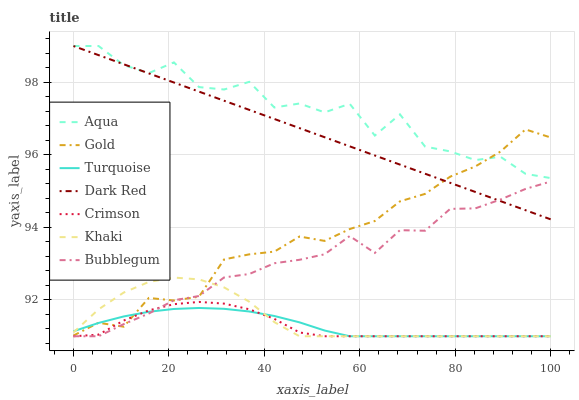
| xaxis_label | Aqua | Gold | Turquoise | Dark Red | Crimson | Khaki | Bubblegum |
 | --- | --- | --- | --- | --- | --- | --- | --- |
 | 0 | 99 | 91 | 91.1 | 99 | 91 | 91.1 | 91 |
 | 5.26 | 99 | 91.4 | 91.4 | 98.7 | 91 | 91.7 | 91 |
 | 10.5 | 98.5 | 91.3 | 91.5 | 98.5 | 91.4 | 92.2 | 91.3 |
 | 15.8 | 98.3 | 92.1 | 91.7 | 98.2 | 91.7 | 92.5 | 91.6 |
 | 21.1 | 98.5 | 92 | 91.8 | 98 | 91.9 | 92.6 | 92 |
 | 26.3 | 97.9 | 92.1 | 91.8 | 97.7 | 91.9 | 92.6 | 92.1 |
 | 31.6 | 97.8 | 93.1 | 91.8 | 97.5 | 91.9 | 92.3 | 92.6 |
 | 36.8 | 98 | 93.3 | 91.7 | 97.2 | 91.7 | 92 | 92.7 |
 | 42.1 | 97.3 | 93.3 | 91.6 | 97 | 91.5 | 91.4 | 93 |
 | 47.4 | 97.4 | 93.7 | 91.4 | 96.7 | 91.1 | 91 | 93.1 |
 | 52.6 | 97.2 | 93.6 | 91.2 | 96.5 | 91 | 91 | 93.3 |
 | 57.9 | 97.4 | 94 | 91 | 96.2 | 91 | 91 | 93.8 |
 | 63.2 | 96.5 | 94.2 | 91 | 96 | 91 | 91 | 93.3 |
 | 68.4 | 97.1 | 94.7 | 91 | 95.7 | 91 | 91 | 93.9 |
 | 73.7 | 96.2 | 94.9 | 91 | 95.5 | 91 | 91 | 93.9 |
 | 78.9 | 96.1 | 95.4 | 91 | 95.2 | 91 | 91 | 94.5 |
 | 84.2 | 95.9 | 95.7 | 91 | 95 | 91 | 91 | 94.5 |
 | 89.5 | 95.9 | 96.1 | 91 | 94.7 | 91 | 91 | 94.8 |
 | 94.7 | 95.5 | 96.7 | 91 | 94.5 | 91 | 91 | 95.1 |
 | 100 | 95.4 | 96.5 | 91 | 94.2 | 91 | 91 | 95.3 |